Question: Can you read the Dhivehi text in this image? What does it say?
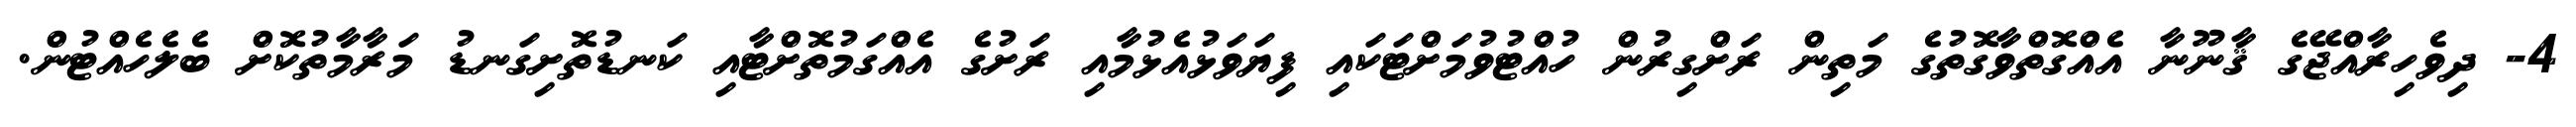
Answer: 4- ދިވެހިރާއްޖޭގެ ޤާނޫނާ އެއްގޮތްވާގޮތުގެ މަތިން ރަށްގިރުން ހުއްޓުވުމަށްޓަކައި ފިޔަވަޅުއެޅުމާއި ރަށުގެ އެއްގަމުތޮށްޓާއި ކަނޑުތޮށިގަނޑު މަރާމާތުކޮށް ބެލެހެއްޓުން.